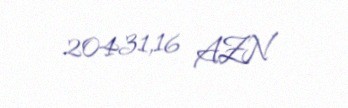
20431,16 AZN